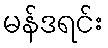
မန်ဒရင်း